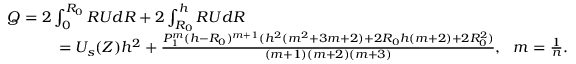
\begin{array} { r } { Q = 2 \int _ { 0 } ^ { R _ { 0 } } R U d R + 2 \int _ { R _ { 0 } } ^ { h } R U d R ~ ~ ~ ~ ~ ~ ~ ~ ~ ~ ~ ~ ~ ~ ~ ~ ~ ~ ~ ~ ~ ~ ~ ~ ~ ~ ~ ~ ~ ~ ~ ~ ~ ~ ~ ~ ~ ~ ~ ~ ~ ~ ~ ~ ~ ~ ~ ~ ~ ~ ~ ~ ~ ~ ~ ~ ~ ~ ~ ~ ~ ~ } \\ { = U _ { s } ( Z ) h ^ { 2 } + \frac { P _ { 1 } ^ { m } ( h - R _ { 0 } ) ^ { m + 1 } ( h ^ { 2 } ( m ^ { 2 } + 3 m + 2 ) + 2 R _ { 0 } h ( m + 2 ) + 2 R _ { 0 } ^ { 2 } ) } { ( m + 1 ) ( m + 2 ) ( m + 3 ) } , ~ ~ m = \frac { 1 } { n } . } \end{array}